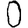
Digit: 0